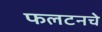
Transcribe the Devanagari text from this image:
फलटनचे